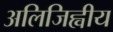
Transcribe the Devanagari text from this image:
अलिजिह्वीय